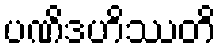
ပဏိဒဟိဿတိ